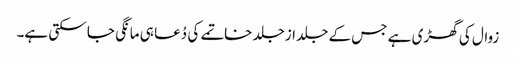
زوال کی گھڑی ہے جس کے جلد ازجلد خاتمے کی دُعا ہی مانگی جا سکتی ہے۔